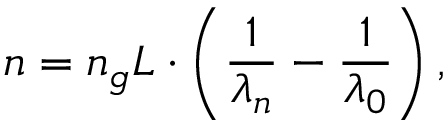
n = n _ { g } L \cdot \left( \frac { 1 } { \lambda _ { n } } - \frac { 1 } { \lambda _ { 0 } } \right) ,